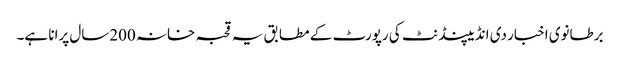
برطانوی اخبار دی انڈیپنڈنٹ کی رپورٹ کے مطابق یہ قحبہ خانہ 200سال پرانا ہے۔